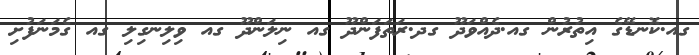
ގއ.ކޮނޑޭގެ އިތުރުން ގއ.ދެއްވަދޫ ގދ.ރަތަފަންދޫ ގއ ނިލަންދޫ ގއ ވިލިނގިލި ގއ ގެމަނަފުށި